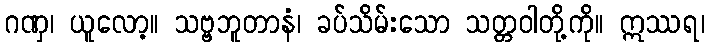
ဂဏှ၊ ယူလော့။ သဗ္ဗဘူတာနံ၊ ခပ်သိမ်းသော သတ္တဝါတို့ကို။ ဣဿရ၊